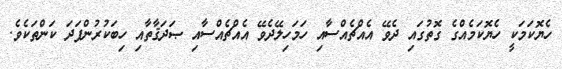
ހެޔޮކަމަކީ ހެޔޮކަމެއްގެ ގޮތުގައި ދެވޭ އެއްޗެއްސާއި ހަމަހިލޭދެވޭ އެއްޗެއްސާއި ޞަދަޤާތާއި ހިބަކުރުންފަދަ ކަންތަކެވެ.